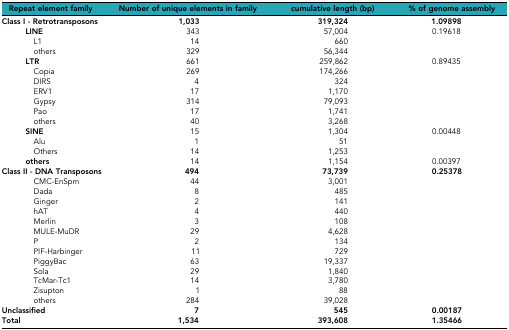
<table><thead><tr><td><b>Repeat element family</b></td><td><b>Number of unique elements in family</b></td><td colspan="3"><b>cumulative length (bp)</b></td><td><b>% of genome assembly</b></td></tr></thead><tbody><tr><td><b>Class I - Retrotransposons</b></td><td colspan="2"><b>1,033</b></td><td><b>319,324</b></td><td colspan="2"><b>1.09898</b></td></tr><tr><td><b> LINE</b></td><td colspan="2">343</td><td>57,004</td><td colspan="2">0.19618</td></tr><tr><td>L1</td><td colspan="2">14</td><td>660</td><td colspan="2"></td></tr><tr><td>others</td><td colspan="2">329</td><td>56,344</td><td colspan="2"></td></tr><tr><td><b> LTR</b></td><td colspan="2">661</td><td>259,862</td><td colspan="2">0.89435</td></tr><tr><td>Copia</td><td colspan="2">269</td><td>174,266</td><td colspan="2"></td></tr><tr><td>DIRS</td><td colspan="2">4</td><td>324</td><td colspan="2"></td></tr><tr><td>ERV1</td><td colspan="2">17</td><td>1,170</td><td colspan="2"></td></tr><tr><td>Gypsy</td><td colspan="2">314</td><td>79,093</td><td colspan="2"></td></tr><tr><td>Pao</td><td colspan="2">17</td><td>1,741</td><td colspan="2"></td></tr><tr><td>others</td><td colspan="2">40</td><td>3,268</td><td colspan="2"></td></tr><tr><td><b> SINE</b></td><td colspan="2">15</td><td>1,304</td><td colspan="2">0.00448</td></tr><tr><td>Alu</td><td colspan="2">1</td><td>51</td><td colspan="2"></td></tr><tr><td>Others</td><td colspan="2">14</td><td>1,253</td><td colspan="2"></td></tr><tr><td><b> others</b></td><td colspan="2">14</td><td>1,154</td><td colspan="2">0.00397</td></tr><tr><td><b>Class II - DNA Transposons</b></td><td colspan="2"><b>494</b></td><td><b>73,739</b></td><td colspan="2"><b>0.25378</b></td></tr><tr><td>CMC-EnSpm</td><td colspan="2">44</td><td>3,001</td><td colspan="2"></td></tr><tr><td>Dada</td><td colspan="2">8</td><td>485</td><td colspan="2"></td></tr><tr><td>Ginger</td><td colspan="2">2</td><td>141</td><td colspan="2"></td></tr><tr><td>hAT</td><td colspan="2">4</td><td>440</td><td colspan="2"></td></tr><tr><td>Merlin</td><td colspan="2">3</td><td>108</td><td colspan="2"></td></tr><tr><td>MULE-MuDR</td><td colspan="2">29</td><td>4,628</td><td colspan="2"></td></tr><tr><td>P</td><td colspan="2">2</td><td>134</td><td colspan="2"></td></tr><tr><td>PIF-Harbinger</td><td colspan="2">11</td><td>729</td><td colspan="2"></td></tr><tr><td>PiggyBac</td><td colspan="2">63</td><td>19,337</td><td colspan="2"></td></tr><tr><td>Sola</td><td colspan="2">29</td><td>1,840</td><td colspan="2"></td></tr><tr><td>TcMar-Tc1</td><td colspan="2">14</td><td>3,780</td><td colspan="2"></td></tr><tr><td>Zisupton</td><td colspan="2">1</td><td>88</td><td colspan="2"></td></tr><tr><td>others</td><td colspan="2">284</td><td>39,028</td><td colspan="2"></td></tr><tr><td><b>Unclassified</b></td><td colspan="2"><b>7</b></td><td><b>545</b></td><td colspan="2"><b>0.00187</b></td></tr><tr><td><b>Total</b></td><td colspan="2"><b>1,534</b></td><td><b>393,608</b></td><td colspan="2"><b>1.35466</b></td></tr></tbody></table>